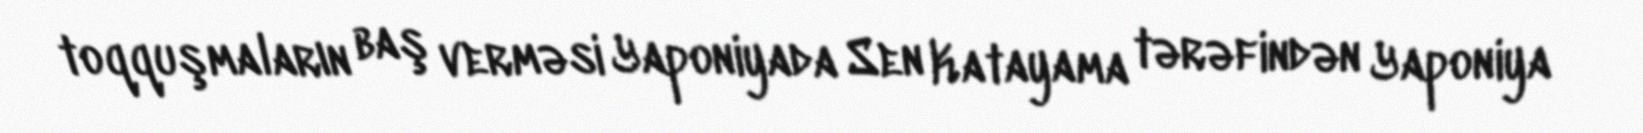
toqquşmaların baş verməsi Yaponiyada Sen Katayama tərəfindən Yaponiya